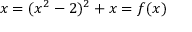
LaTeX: x = ( x ^ { 2 } - 2 ) ^ { 2 } + x = f ( x )